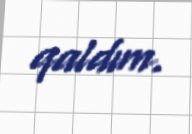
qaldım.